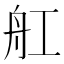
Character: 舡